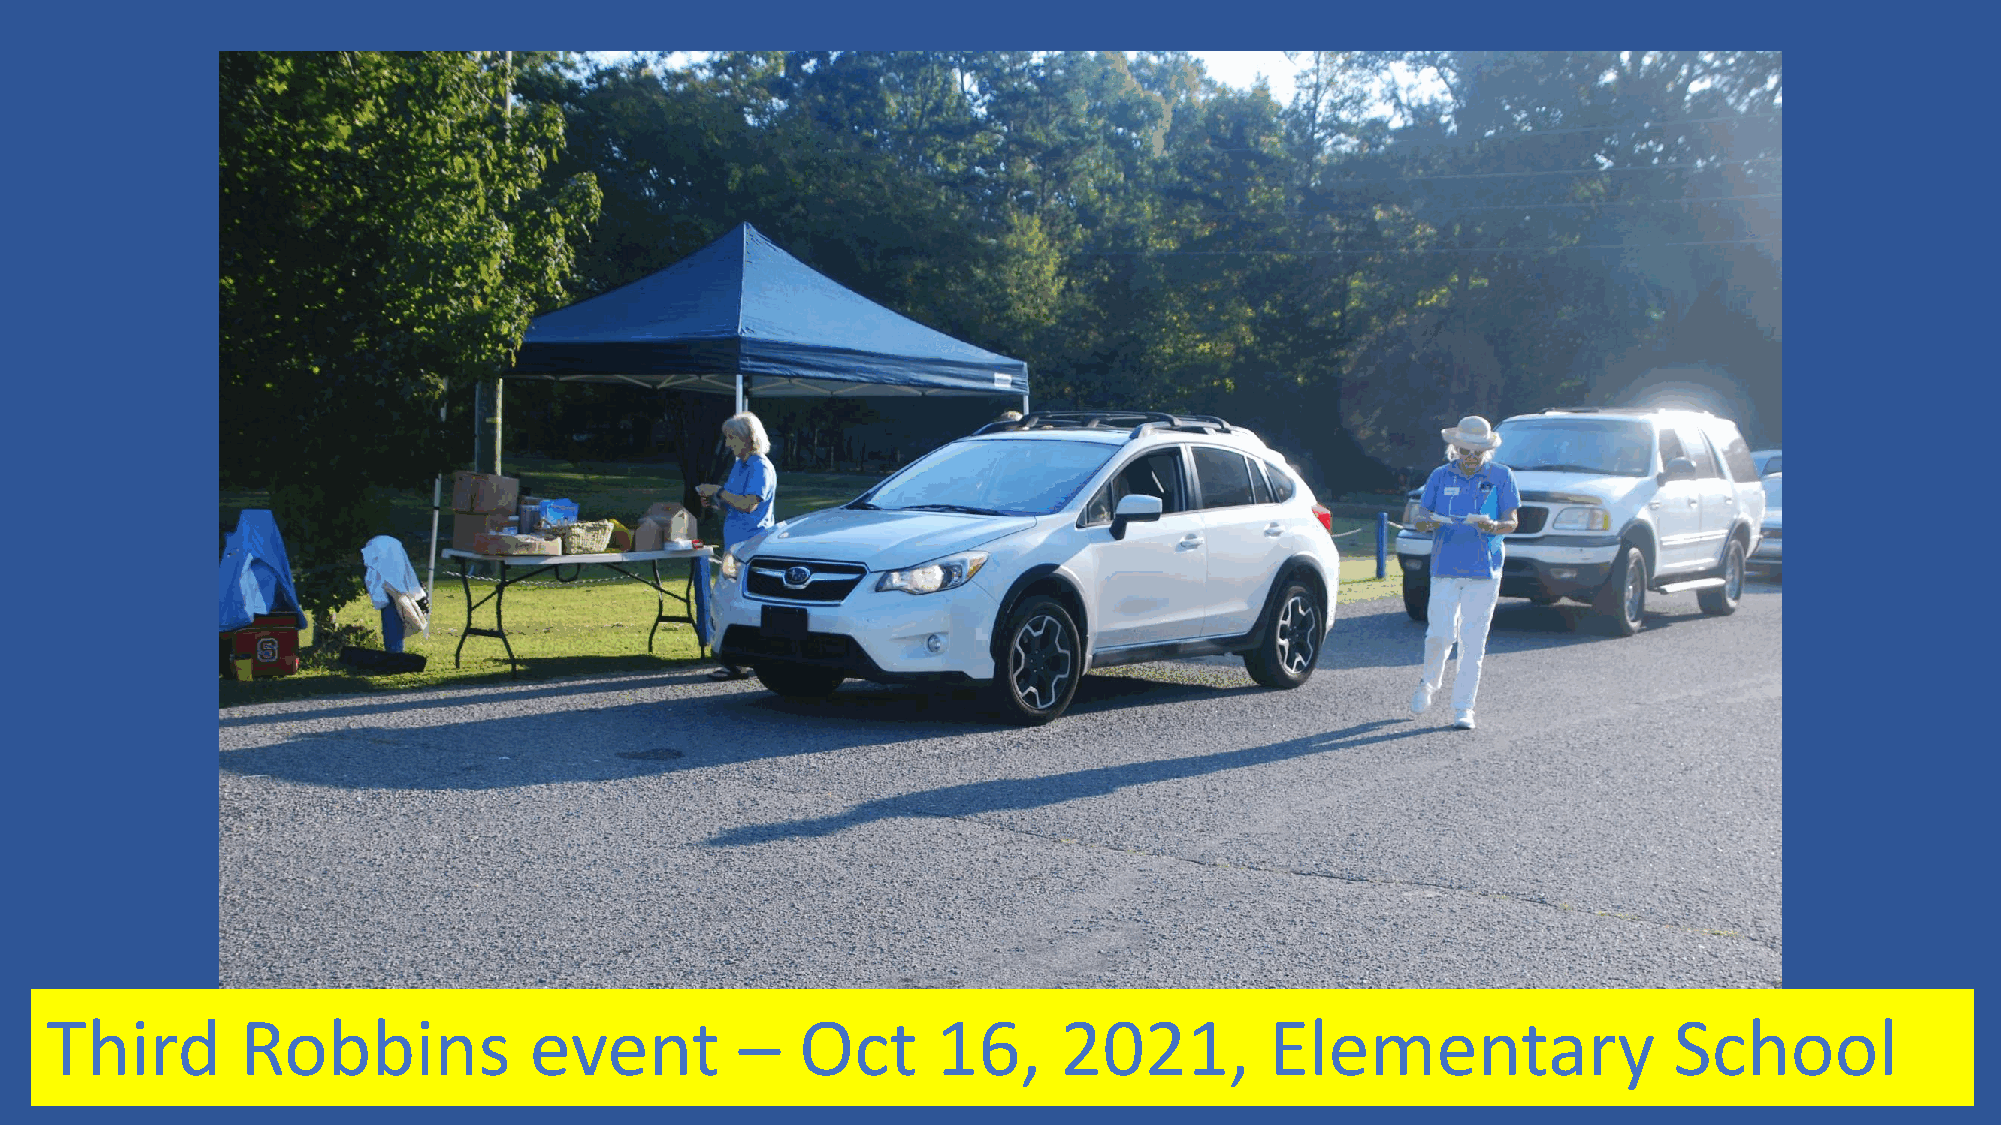
Third        Robbins            event         –   Oct      16,     2021,         Elementary                 School